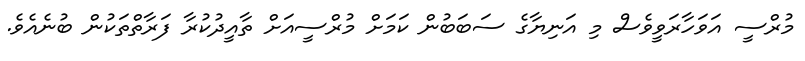
މުރްސީ އަވަހާރަވީވެސް މި އަނިޔާގެ ސަބަބުން ކަމަށް މުރްސީއަށް ތާއީދުކުރާ ފަރާތްތަކުން ބުނެއެވެ.